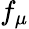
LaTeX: f_{\mu}